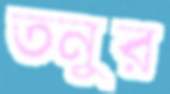
তনুর